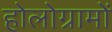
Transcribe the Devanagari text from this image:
होलोग्रामों